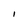
Character: I